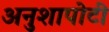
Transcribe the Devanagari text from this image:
अनुशापोटी